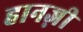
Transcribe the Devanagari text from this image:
हानज़ी